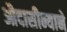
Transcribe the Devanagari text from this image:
औदासीन्याने